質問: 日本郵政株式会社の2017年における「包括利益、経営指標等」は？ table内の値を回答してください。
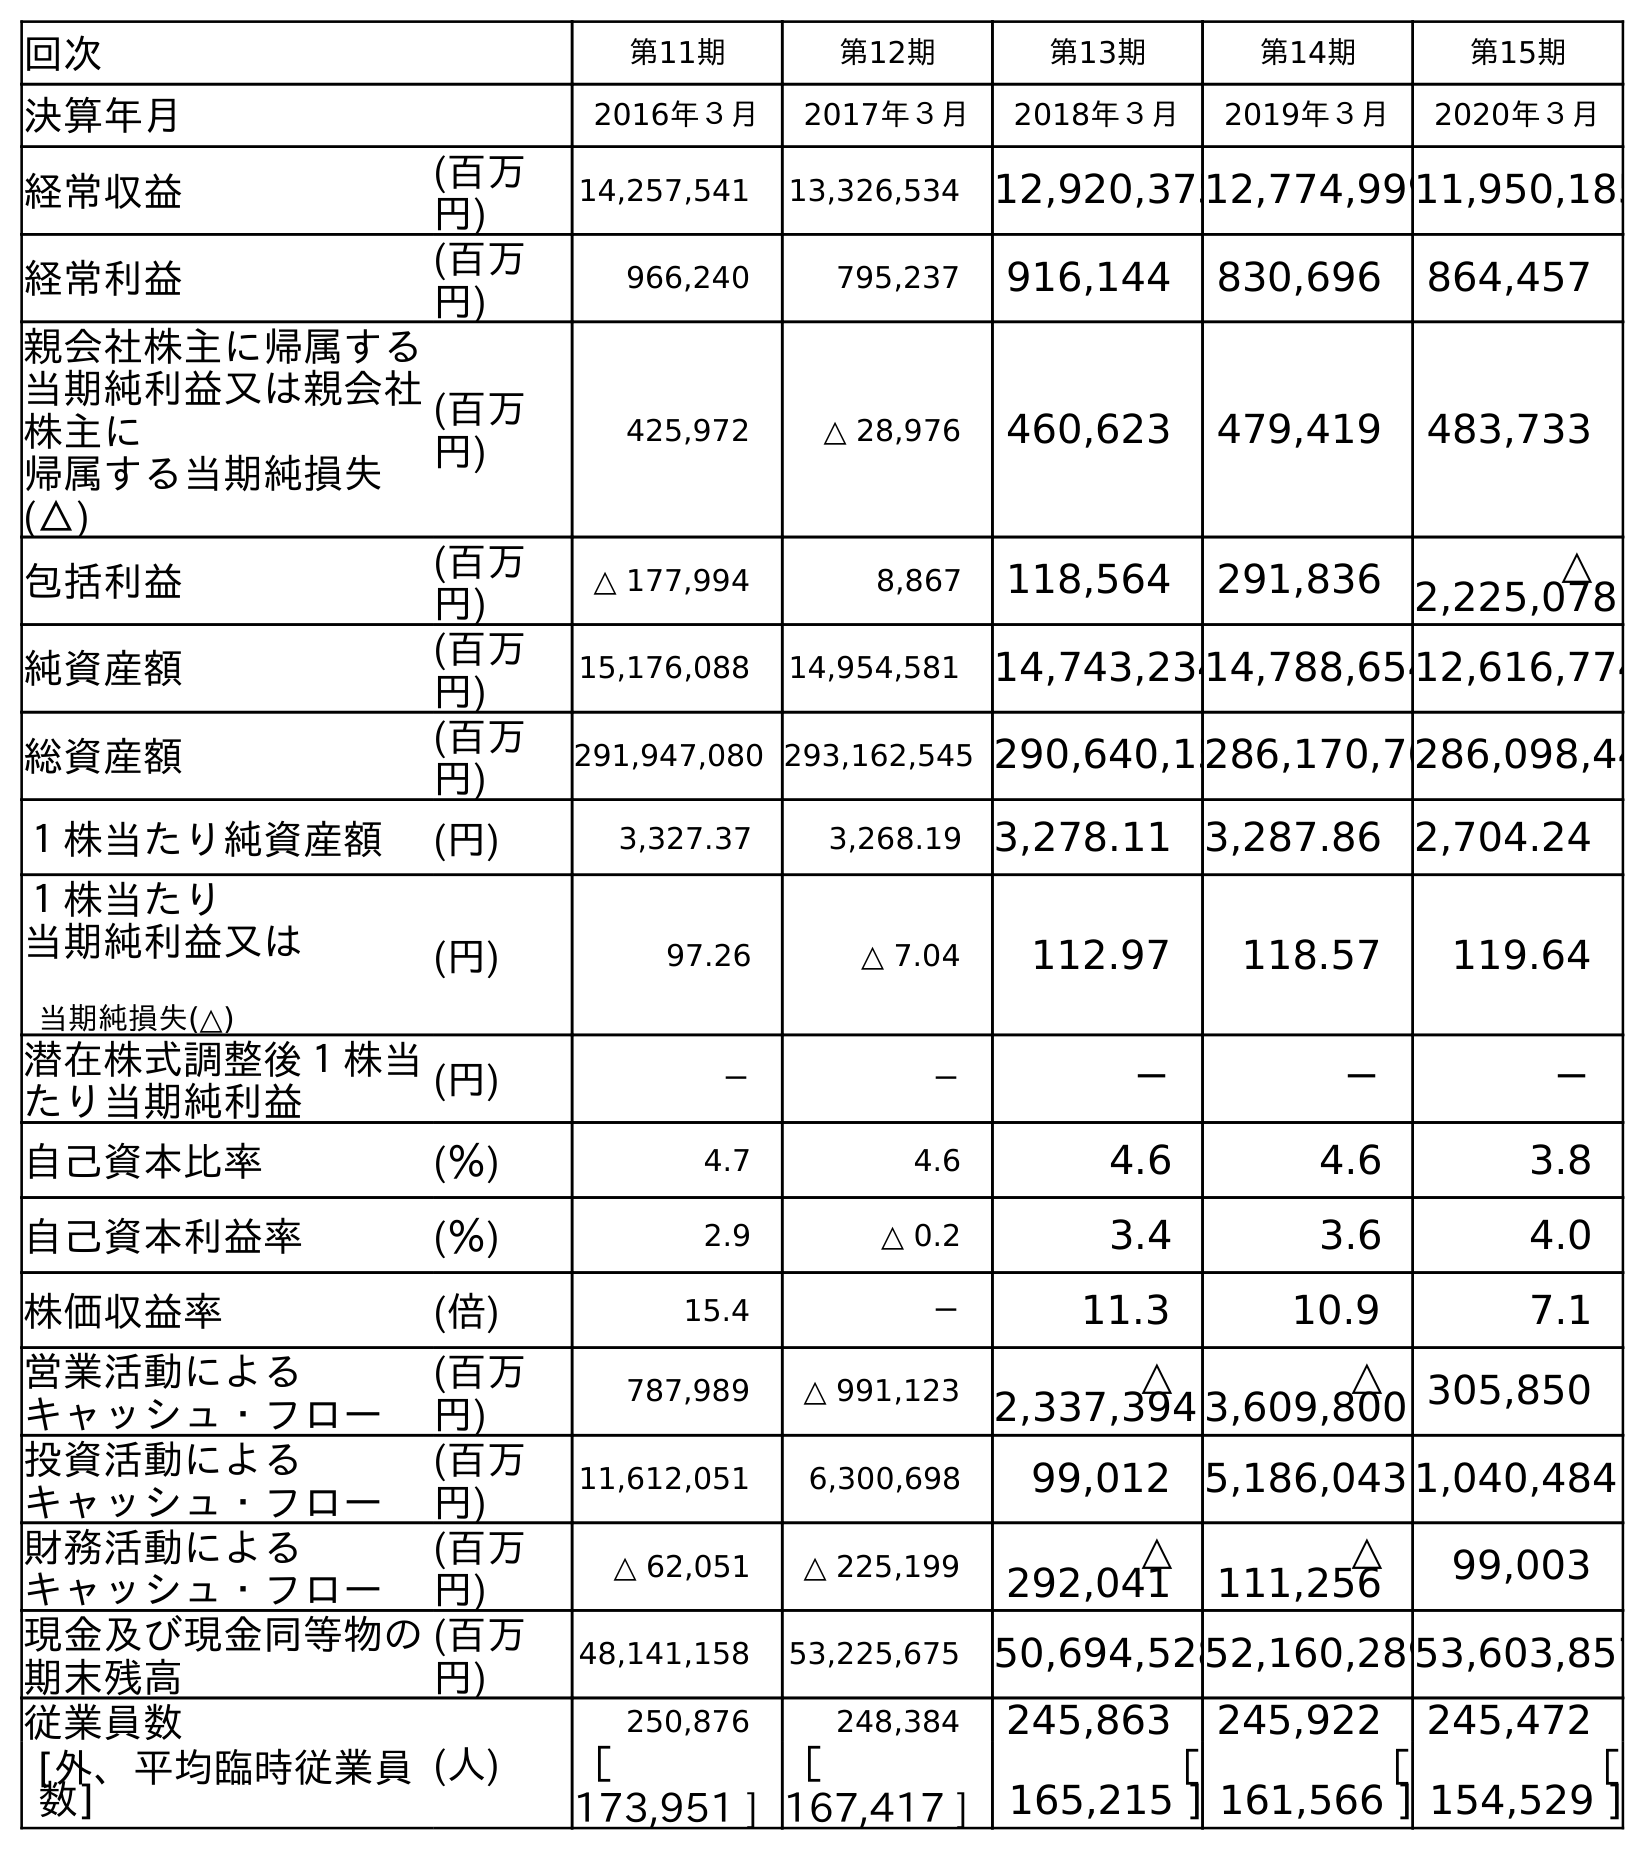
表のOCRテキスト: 回次 第11期 第12期 第13期 第14期 第15期 決算年月 2016年３月 2017年３月 2018年３月 2019年３月 2020年３月 経常収益 (百万 円) 14,257,541 13,326,534 12,920,37512,774,99911,950,185 経常利益 (百万 円) 966,240 795,237 916,144 830,696 864,457 親会社株主に帰属する 当期純利益又は親会社 株主に 帰属する当期純損失 (△) (百万 円) 425,972 △ 28,976 460,623 479,419 483,733 包括利益 (百万 円) △ 177,994 8,867 118,564 291,836 △ 2,225,078 純資産額 (百万 円) 15,176,088 14,954,581 14,743,23414,788,65412,616,774 総資産額 (百万 円) 291,947,080 293,162,545 290,640,15286,170,70286,098,44 １株当たり純資産額 (円) 3,327.37 3,268.19 3,278.11 3,287.86 2,704.24 １株当たり 当期純利益又は 当期純損失(△) (円) 97.26 △ 7.04 112.97 118.57 119.64 潜在株式調整後１株当 たり当期純利益 (円) － － － － － 自己資本比率 (％) 4.7 4.6 4.6 4.6 3.8 自己資本利益率 (％) 2.9 △ 0.2 3.4 3.6 4.0 株価収益率 (倍) 15.4 － 11.3 10.9 7.1 営業活動による キャッシュ・フロー (百万 円) 787,989 △ 991,123 △ 2,337,394 △ 3,609,800 305,850 投資活動による キャッシュ・フロー (百万 円) 11,612,051 6,300,698 99,012 5,186,043 1,040,484 財務活動による キャッシュ・フロー (百万 円) △ 62,051 △ 225,199 △ 292,041 △ 111,256 99,003 現金及び現金同等物の 期末残高 (百万 円) 48,141,158 53,225,675 50,694,52852,160,28953,603,857 従業員数 (人) 250,876 248,384 245,863 245,922 245,472 [外、平均臨時従業員 数] ［ 173,951 ] ［ 167,417 ] ［ 165,215 ] ［ 161,566 ] ［ 154,529 ]
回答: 8,867